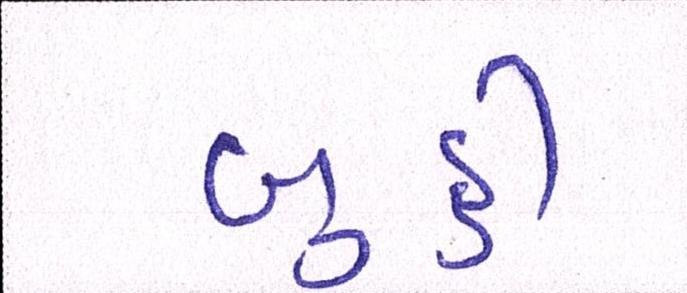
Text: બુઠ્ઠી